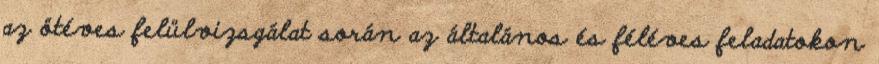
az ötéves felülvizsgálat során az általános és féléves feladatokon